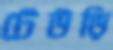
টেউড়ি